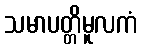
သမာပတ္တိမူလကံ